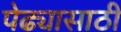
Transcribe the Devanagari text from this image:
पेढ्यासाठी